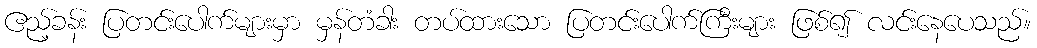
ဧည့်ခန်း ပြတင်းပေါက်များမှာ မှန်တံခါး တပ်ထားသော ပြတင်းပေါက်ကြီးများ ဖြစ်၍ လင်းနေပေသည်။